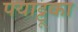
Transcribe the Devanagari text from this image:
पयाट्टूका